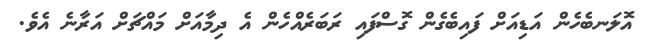
އޮލަނބެހެން އަޑިއަށް ފައިބެގެން ގޮސްފައި ރަބަރެއްހެން އެ ދިމާއަށް މައްޗަށް އަރާނެ އެވެ.